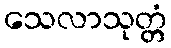
သေလာသုတ္တံ